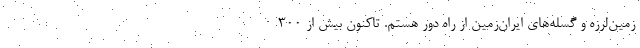
زمین‌لرزه و گسله‌های ایران‌زمین از راه دور هستم. تاکنون بیش از ۳۰۰